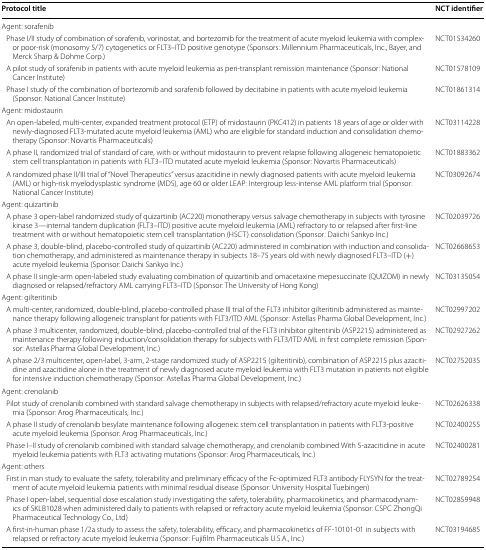
<table><thead><tr><td><b>Protocol title</b></td><td><b>NCT identifier</b></td></tr></thead><tbody><tr><td colspan="2">Agent: sorafenib</td></tr><tr><td> Phase I/II study of combination of sorafenib, vorinostat, and bortezomib for the treatment of acute myeloid leukemia with complex- or poor-risk (monosomy 5/7) cytogenetics or FLT3–ITD positive genotype (Sponsors: Millennium Pharmaceuticals, Inc., Bayer, and Merck Sharp &amp; Dohme Corp.)</td><td>NCT01534260</td></tr><tr><td> A pilot study of sorafenib in patients with acute myeloid leukemia as peri-transplant remission maintenance (Sponsor: National Cancer Institute)</td><td>NCT01578109</td></tr><tr><td> Phase I study of the combination of bortezomib and sorafenib followed by decitabine in patients with acute myeloid leukemia (Sponsor: National Cancer Institute)</td><td>NCT01861314</td></tr><tr><td colspan="2">Agent: midostaurin</td></tr><tr><td> An open-labeled, multi-center, expanded treatment protocol (ETP) of midostaurin (PKC412) in patients 18 years of age or older with newly-diagnosed FLT3-mutated acute myeloid leukemia (AML) who are eligible for standard induction and consolidation chemotherapy (Sponsor: Novartis Pharmaceuticals)</td><td>NCT03114228</td></tr><tr><td> A phase II, randomized trial of standard of care, with or without midostaurin to prevent relapse following allogeneic hematopoietic stem cell transplantation in patients with FLT3–ITD mutated acute myeloid leukemia (Sponsor: Novartis Pharmaceuticals)</td><td>NCT01883362</td></tr><tr><td> A randomized phase II/III trial of “Novel Therapeutics” versus azacitidine in newly diagnosed patients with acute myeloid leukemia (AML) or high-risk myelodysplastic syndrome (MDS), age 60 or older LEAP: Intergroup less-intense AML platform trial (Sponsor: National Cancer Institute)</td><td>NCT03092674</td></tr><tr><td colspan="2">Agent: quizartinib</td></tr><tr><td> A phase 3 open-label randomized study of quizartinib (AC220) monotherapy versus salvage chemotherapy in subjects with tyrosine kinase 3—internal tandem duplication (FLT3–ITD) positive acute myeloid leukemia (AML) refractory to or relapsed after first-line treatment with or without hematopoietic stem cell transplantation (HSCT) consolidation (Sponsor: Daiichi Sankyo Inc.)</td><td>NCT02039726</td></tr><tr><td> A phase 3, double-blind, placebo-controlled study of quizartinib (AC220) administered in combination with induction and consolidation chemotherapy, and administered as maintenance therapy in subjects 18–75 years old with newly diagnosed FLT3–ITD (+) acute myeloid leukemia (Sponsor: Daiichi Sankyo Inc.)</td><td>NCT02668653</td></tr><tr><td> A phase II single-arm open-labeled study evaluating combination of quizartinib and omacetaxine mepesuccinate (QUIZOM) in newly diagnosed or relapsed/refractory AML carrying FLT3–ITD (Sponsor: The University of Hong Kong)</td><td>NCT03135054</td></tr><tr><td colspan="2">Agent: gilteritinib</td></tr><tr><td> A multi-center, randomized, double-blind, placebo-controlled phase III trial of the FLT3 inhibitor gilteritinib administered as maintenance therapy following allogeneic transplant for patients with FLT3/ITD AML (Sponsor: Astellas Pharma Global Development, Inc.)</td><td>NCT02997202</td></tr><tr><td> A phase 3 multicenter, randomized, double-blind, placebo-controlled trial of the FLT3 inhibitor gilteritinib (ASP2215) administered as maintenance therapy following induction/consolidation therapy for subjects with FLT3/ITD AML in first complete remission (Sponsor: Astellas Pharma Global Development, Inc.)</td><td>NCT02927262</td></tr><tr><td> A phase 2/3 multicenter, open-label, 3-arm, 2-stage randomized study of ASP2215 (gilteritinib), combination of ASP2215 plus azacitidine and azacitidine alone in the treatment of newly diagnosed acute myeloid leukemia with FLT3 mutation in patients not eligible for intensive induction chemotherapy (Sponsor: Astellas Pharma Global Development, Inc.)</td><td>NCT02752035</td></tr><tr><td colspan="2">Agent: crenolanib</td></tr><tr><td> Pilot study of crenolanib combined with standard salvage chemotherapy in subjects with relapsed/refractory acute myeloid leukemia (Sponsor: Arog Pharmaceuticals, Inc.)</td><td>NCT02626338</td></tr><tr><td> A phase II study of crenolanib besylate maintenance following allogeneic stem cell transplantation in patients with FLT3-positive acute myeloid leukemia (Sponsor: Arog Pharmaceuticals, Inc.)</td><td>NCT02400255</td></tr><tr><td> Phase I–II study of crenolanib combined with standard salvage chemotherapy, and crenolanib combined With 5-azacitidine in acute myeloid leukemia patients with FLT3 activating mutations (Sponsor: Arog Pharmaceuticals, Inc.)</td><td>NCT02400281</td></tr><tr><td colspan="2">Agent: others</td></tr><tr><td> First in man study to evaluate the safety, tolerability and preliminary efficacy of the Fc-optimized FLT3 antibody FLYSYN for the treatment of acute myeloid leukemia patients with minimal residual disease (Sponsor: University Hospital Tuebingen)</td><td>NCT02789254</td></tr><tr><td> Phase I open-label, sequential dose escalation study investigating the safety, tolerability, pharmacokinetics, and pharmacodynamics of SKLB1028 when administered daily to patients with relapsed or refractory acute myeloid leukemia (Sponsor: CSPC ZhongQi Pharmaceutical Technology Co., Ltd)</td><td>NCT02859948</td></tr><tr><td> A first-in-human phase 1/2a study to assess the safety, tolerability, efficacy, and pharmacokinetics of FF-10101-01 in subjects with relapsed or refractory acute myeloid leukemia (Sponsor: Fujifilm Pharmaceuticals U.S.A., Inc.)</td><td>NCT03194685</td></tr></tbody></table>